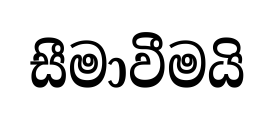
සීමාවීමයි